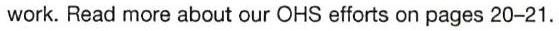
work. Read more about our OHS efforts on pages 20−21.